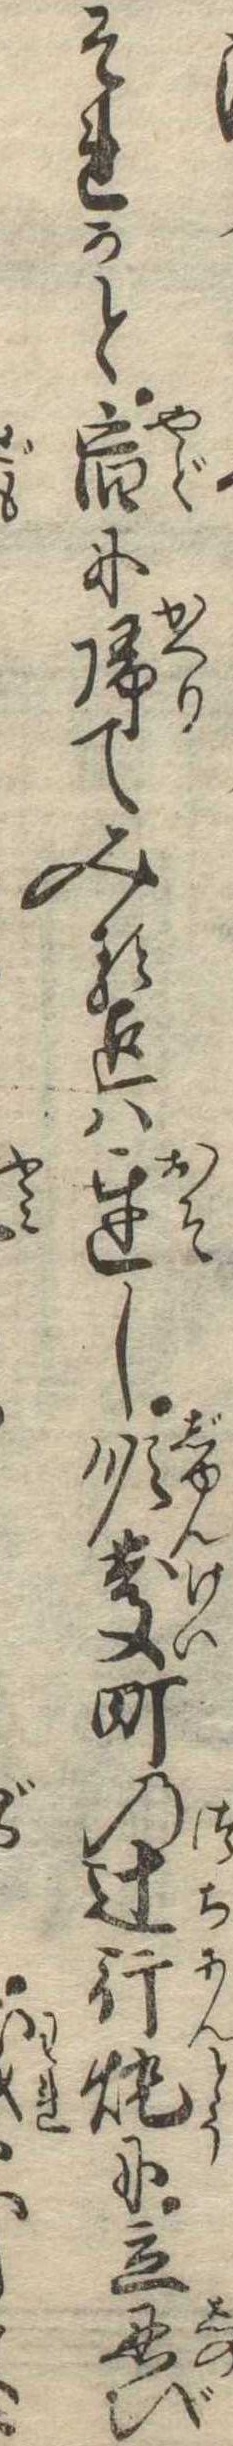
それかと宿に帰てみる迄は遅し順慶町の辻行灯に立忍び